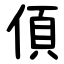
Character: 㑯